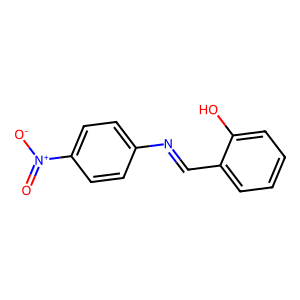
SMILES: O=[N+]([O-])c1ccc(N=Cc2ccccc2O)cc1
Inhibits HIV replication: No